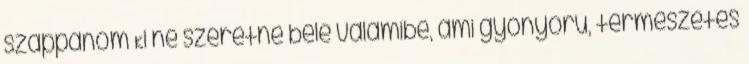
szappanom Ki ne szeretne bele valamibe, ami gyönyörű, természetes